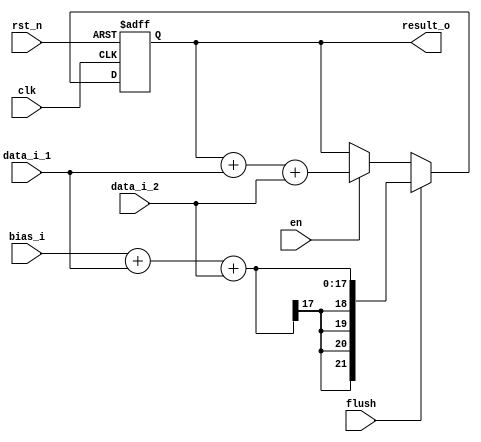
//////////////////////////////////////////////////////////////////////////////////
// School: SJTU
//
// Module Name: accumulator
// Project Name: DSCNN 3rd convolution Design
// Description: The accumulator, with Synchronous enable and flush function
//
// Revision: 
// Additional Comments: Modified by Zhihong Chen, 2023/9/7.
//
//////////////////////////////////////////////////////////////////////////////////

module accumulator_pwconv
#(
	parameter DATA_W = 8,
	parameter FILTER_W = 8,
	parameter BIAS_W = 16
)
       (
           input  wire                         clk,
           input  wire                         rst_n,
           input  wire                         flush,
		   input  wire                         en,
           input  wire signed [DATA_W+FILTER_W-1:0]   data_i_1, // Data input
           input  wire signed [DATA_W+FILTER_W-1:0]   data_i_2, // Data input
		   input  wire signed [BIAS_W-1:0]            bias_i,

           output reg signed [(DATA_W+FILTER_W+6)-1:0]    result_o // Accumulator output
       );

always @(posedge clk or negedge rst_n) // result_o
begin
    if (!rst_n)
        result_o <= {((DATA_W+FILTER_W+6)-1){1'b0}};
    else if (flush)
        result_o <= bias_i + data_i_1 + data_i_2;
    else if (en)
        result_o <= result_o + data_i_1 + data_i_2;
end

endmodule